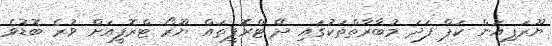
ޔޫރަޕިއަން ކަޕް ފަދަ މުބާރާތްތަކުގައި ދޭ ޓްރޮފީތައް ޔޫރޯ ޓްރޮފީއަށް ވުރެ ބޮޑުވެ